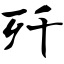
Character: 歼